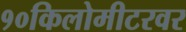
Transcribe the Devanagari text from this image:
१०किलोमीटरवर